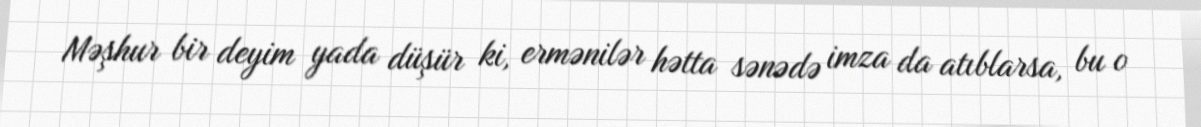
Məşhur bir deyim yada düşür ki, ermənilər hətta sənədə imza da atıblarsa, bu o